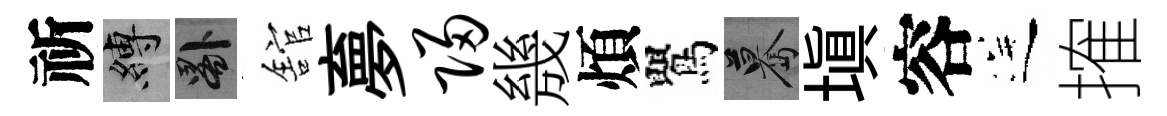
祈縛晷舘夣归㡬煩鸎驀填容送搉